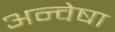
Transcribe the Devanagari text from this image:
अन्वेषा